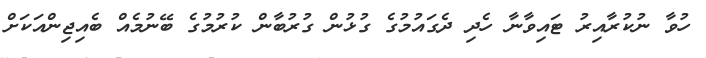
ހުވާ ނުކުރާއިރު ޓައިވާނާ ހެދި ދެގައުމުގެ ގުޅުން ގުރުބާން ކުރުމުގެ ބޭނުމެއް ބެއިޖިންއަކަށް